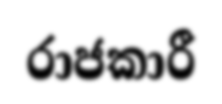
රාජකාරී